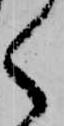
く